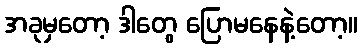
အခုမှတော့ ဒါတွေ ပြောမနေနဲ့တော့။